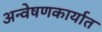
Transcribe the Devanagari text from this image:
अन्वेषणकार्यात